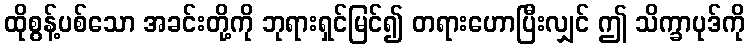
ထိုစွန့်ပစ်သော အခင်းတို့ကို ဘုရားရှင်မြင်၍ တရားဟောပြီးလျှင် ဤ သိက္ခာပုဒ်ကို